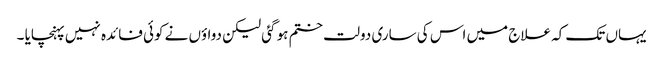
یہاں تک کہ علاج میں اس کی ساری دولت ختم ہو گئی لیکن دواؤں نے کوئی فائدہ نہیں پہنچایا ۔